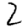
Digit: 2